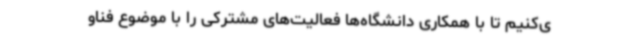
ی‌کنیم تا با همکاری دانشگاه‌ها فعالیت‌های مشترکی را با موضوع فناو